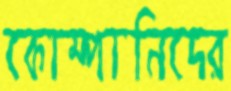
কোম্পানিদের